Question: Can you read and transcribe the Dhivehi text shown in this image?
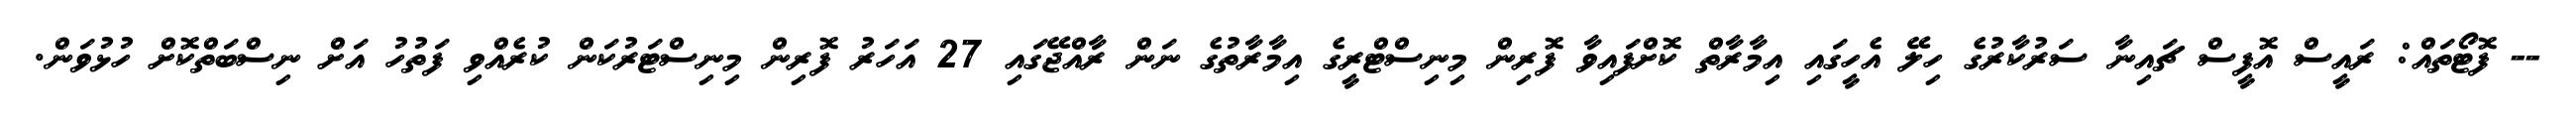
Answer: -- ފޮޓޯތައް: ރައީސް އޮފީސް ޗައިނާ ސަރުކާރުގެ ހިލޭ އެހީގައި އިމާރާތް ކޮށްފައިވާ ފޮރިން މިނިސްޓްރީގެ އިމާރާތުގެ ނަން ރާއްޖޭގައި 27 އަހަރު ފޮރިން މިނިސްޓަރުކަން ކުރެއްވި ފަތުހު އަށް ނިސްބަތްކޮށް ހުޅުވަން.